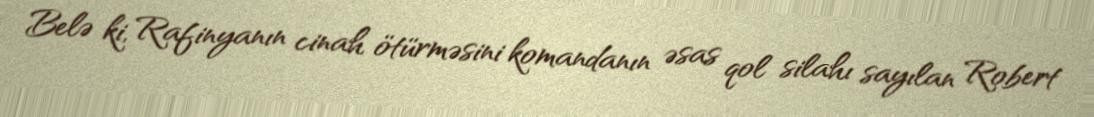
Belə ki, Rafinyanın cinah ötürməsini komandanın əsas qol silahı sayılan Robert